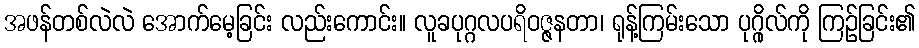
အဖန်တစ်လဲလဲ အောက်မေ့ခြင်း လည်းကောင်း။ လူခပုဂ္ဂလပရိဝဇ္ဇနတာ၊ ရုန့်ကြမ်းသော ပုဂ္ဂိုလ်ကို ကြဉ်ခြင်း၏